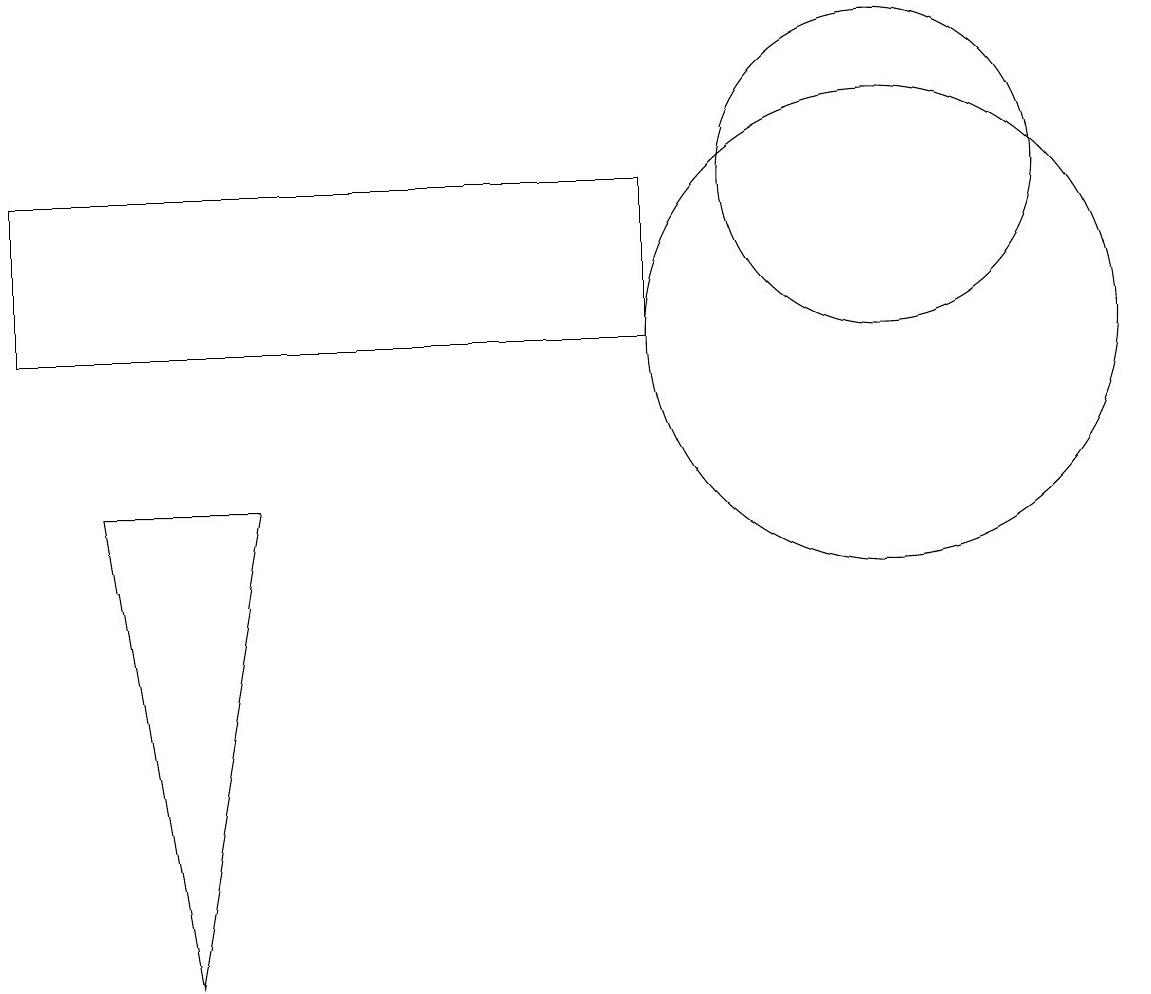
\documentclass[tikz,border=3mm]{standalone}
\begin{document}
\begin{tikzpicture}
\draw (1,8) -- (2,2) -- (3,8) -- cycle;
\draw (11,10) circle (3);
\draw (11,12) circle (2);
\draw (8,10) rectangle (0,12);
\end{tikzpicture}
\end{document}